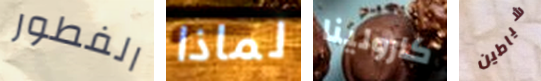
الفطور لماذا كارولينا شياطين